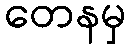
တေနမှ